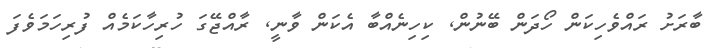
ބާރަށު ރައްވެހިކަން ހޯދަން ބޭނުން